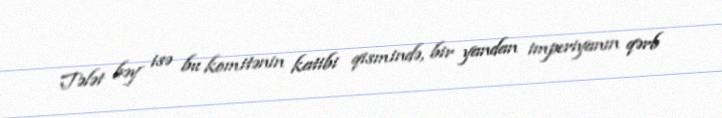
Tələt bəy isə bu komitənin katibi qismində, bir yandan imperiyanın qərb